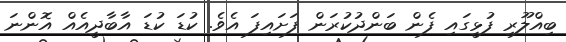
ބިއްލޫރި ފުޅީގައި ފެން ބަންދުކުރަން ފަށައިފަ އެވެ. ކުޑަ ކުޑަ އާބާދީއެއް އޮންނަ